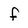
Character: f